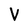
Character: V